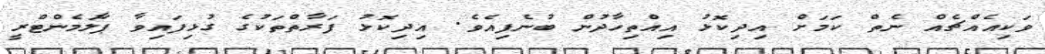
ވަކިއެއްޗެއް ނެތް ކަމަށް އިދިކޮޅު އިއްތިހާދުން ބުނެފިއެވެ. އިދިކޮޅު ފަރާތްތަކުގެ ގުޅިފައިވާ ޕާލަމެންޓްރީ